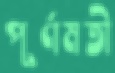
পূর্ণমতী